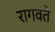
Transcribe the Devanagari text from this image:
रागवते